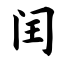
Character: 闰